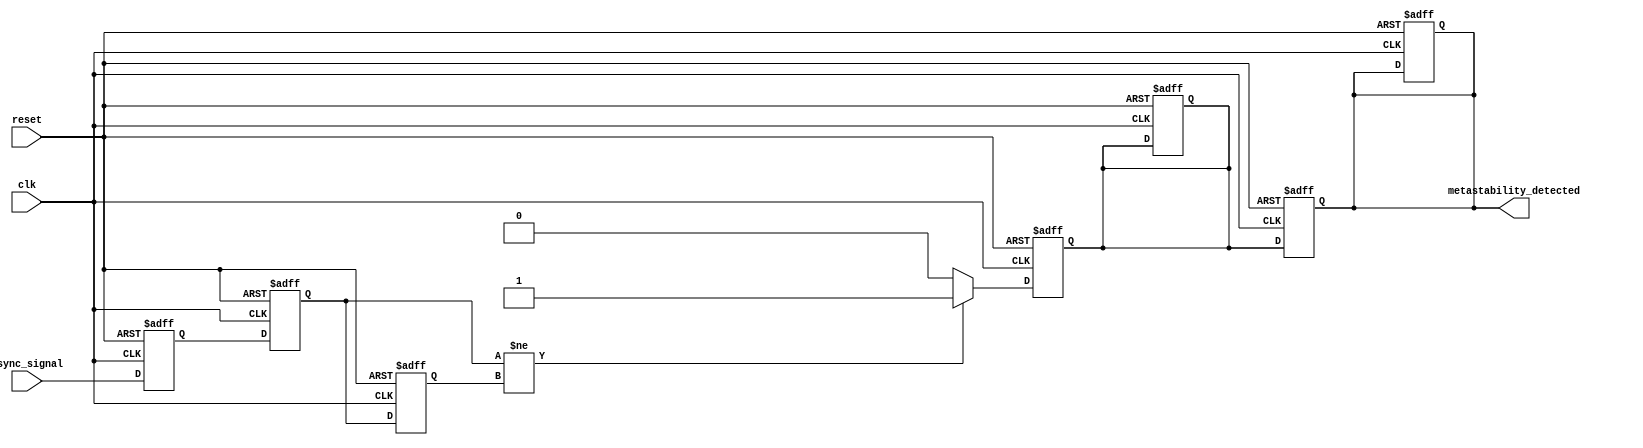
module metastability_detector (
    input wire clk,                // Sampling clock
    input wire async_signal,       // Asynchronous input signal
    input wire reset,              // Reset signal
    output reg metastability_detected // Metastability detection output
);

    // Internal signals
    reg ff1_out;                  // Output of the first D flip-flop
    reg ff2_out;                  // Output of the second D flip-flop
    reg ff2_out_prev;             // Previous state of the second D flip-flop
    reg pulse;                    // Pulse signal for metastability detection

    // D Flip-Flops
    always @(posedge clk or posedge reset) begin
        if (reset) begin
            ff1_out <= 1'b0;
            ff2_out <= 1'b0;
            ff2_out_prev <= 1'b0;
            pulse <= 1'b0;
            metastability_detected <= 1'b0;
        end else begin
            ff1_out <= async_signal; // Sample async signal
            ff2_out <= ff1_out;      // Sample output of first flip-flop
            ff2_out_prev <= ff2_out; // Store previous state of second flip-flop
        end
    end

    // Pulse Generation Logic
    always @(posedge clk or posedge reset) begin
        if (reset) begin
            pulse <= 1'b0;
            metastability_detected <= 1'b0;
        end else begin
            // Generate pulse when ff2_out changes state
            if (ff2_out != ff2_out_prev) begin
                pulse <= 1'b1; // Pulse signal is high when a change is detected
            end else begin
                pulse <= 1'b0; // Reset pulse signal when no change
            end
            
            // Set metastability_detected output based on pulse
            metastability_detected <= pulse;
        end
    end

endmodule